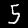
Label: 5